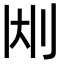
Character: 𫥹